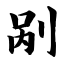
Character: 剐